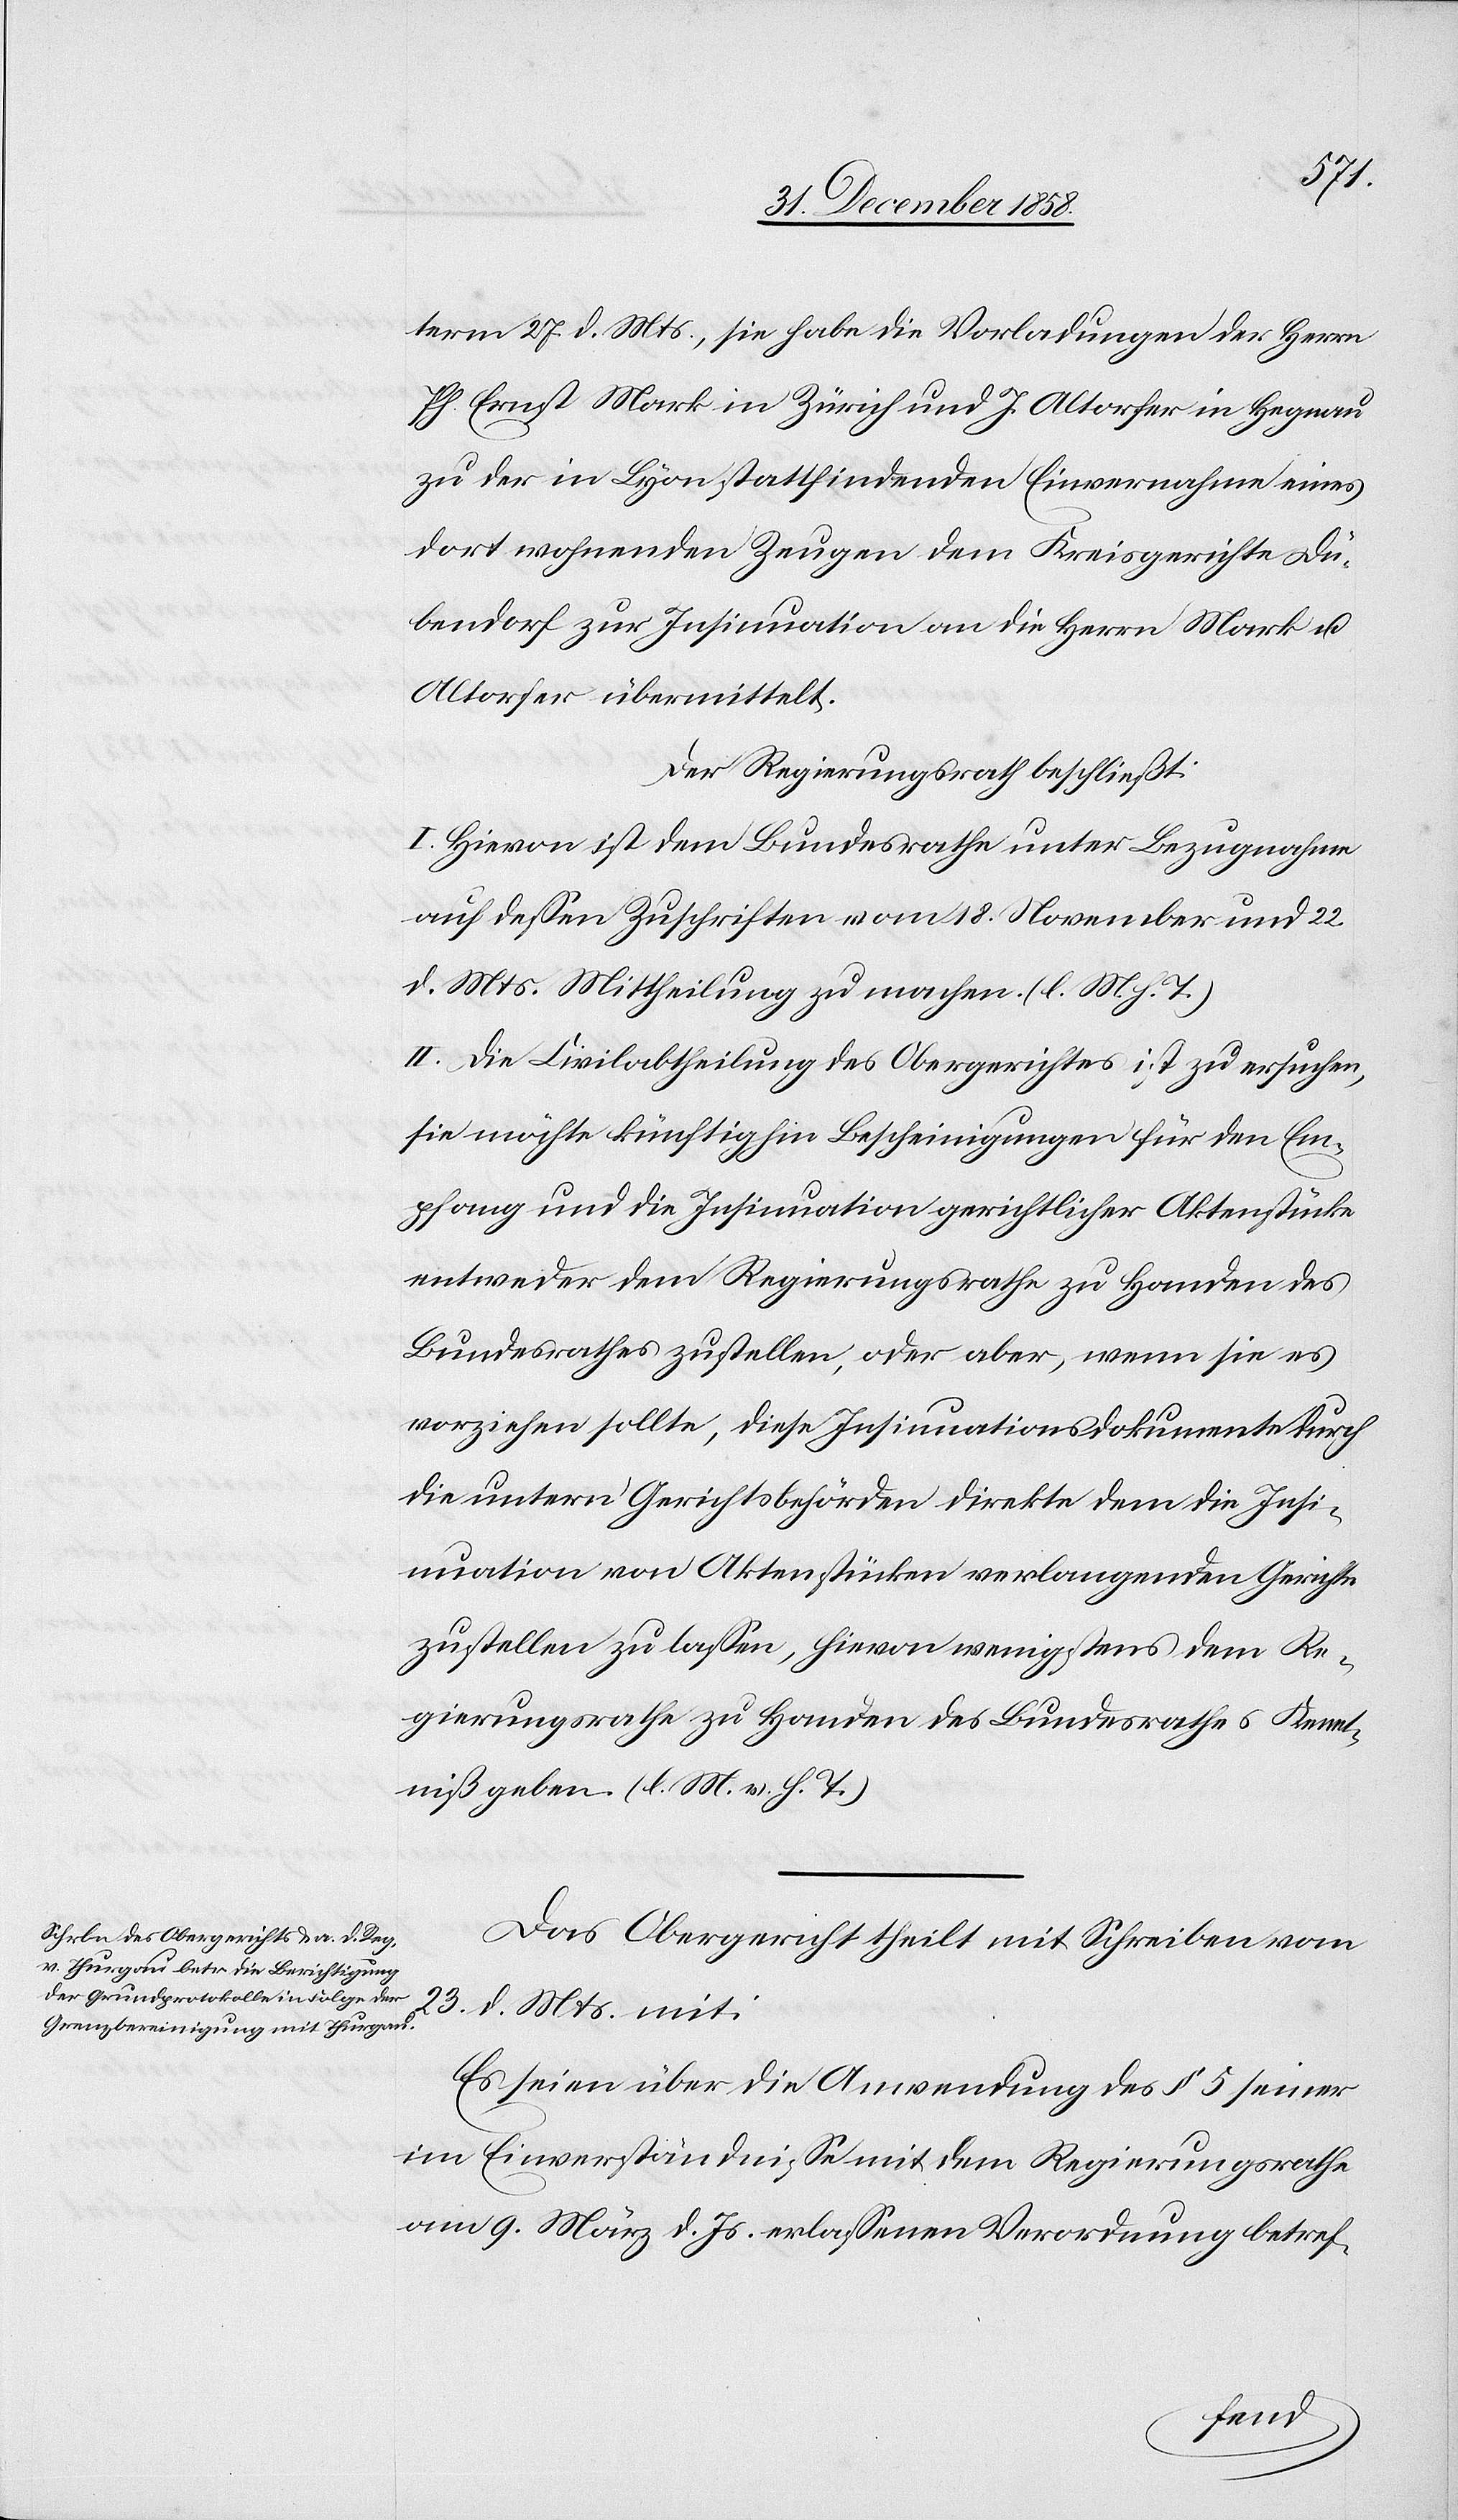
term 27. d. Mts., sie habe die Vorladungen der Herrn
Ph. Ernst Mark in Zürich und J. Altorfer in Hegnau
zu der in Lyon stattfindenden Einvernahme eines
dort wohnenden Zeugen dem Kreisgerichte Dü¬
bendorf zur Insinuation an die Herren Mark u.
Altorfer übermittelt.
Der Regierungsrath beschließt:
I. Hievon ist dem Bundesrathe unter Bezugnahme
auf dessen Zuschriften vom 18. November und 22.
d. Mts. Mittheilung zu machen. (l. M. h. T.)
II. Die Civilabtheilung des Obergerichtes ist zu ersuchen,
sie möchte künftighin Bescheinigungen für den Em¬
pfang und die Insinuation gerichtlicher Aktenstücke
entweder dem Regierungsrathe zu Handen des
Bundesrathes zustellen, oder aber, wenn sie es
vorziehen sollte, diese Insinuationsdokumente durch
die untern Gerichtsbehörden direkte dem die Insi¬
nuation von Aktenstücken verlangenden Gerichte
zustellen zu lassen, hievon wenigstens dem Re¬
gierungsrathe zu Handen des Bundesrathes Kennt¬
niß geben. (l. M. v. h. T.)
Das Obergericht theilt mit Schreiben vom
23. d. Mts. mit:
Es seien über die Anwendung des § 5 seiner
im Einverständnisse mit dem Regierungsrathe
am 9. März d. Js. erlassenen Verordnung betref-